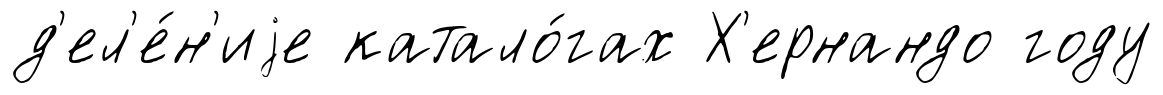
д'ел'е́н'иjе катало́гах Х'ернандо году